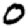
Digit: 0